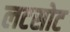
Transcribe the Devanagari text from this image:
लटसोट